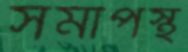
সমীপস্থ